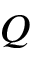
Q